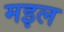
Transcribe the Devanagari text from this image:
मइल